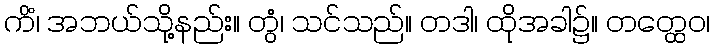
ကိံ၊ အဘယ်သို့နည်း။ တွံ၊ သင်သည်။ တဒါ၊ ထိုအခါ၌။ တတ္ထေဝ၊